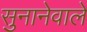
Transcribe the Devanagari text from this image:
सुनानेवाले